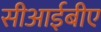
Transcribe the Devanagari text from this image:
सीआईबीए